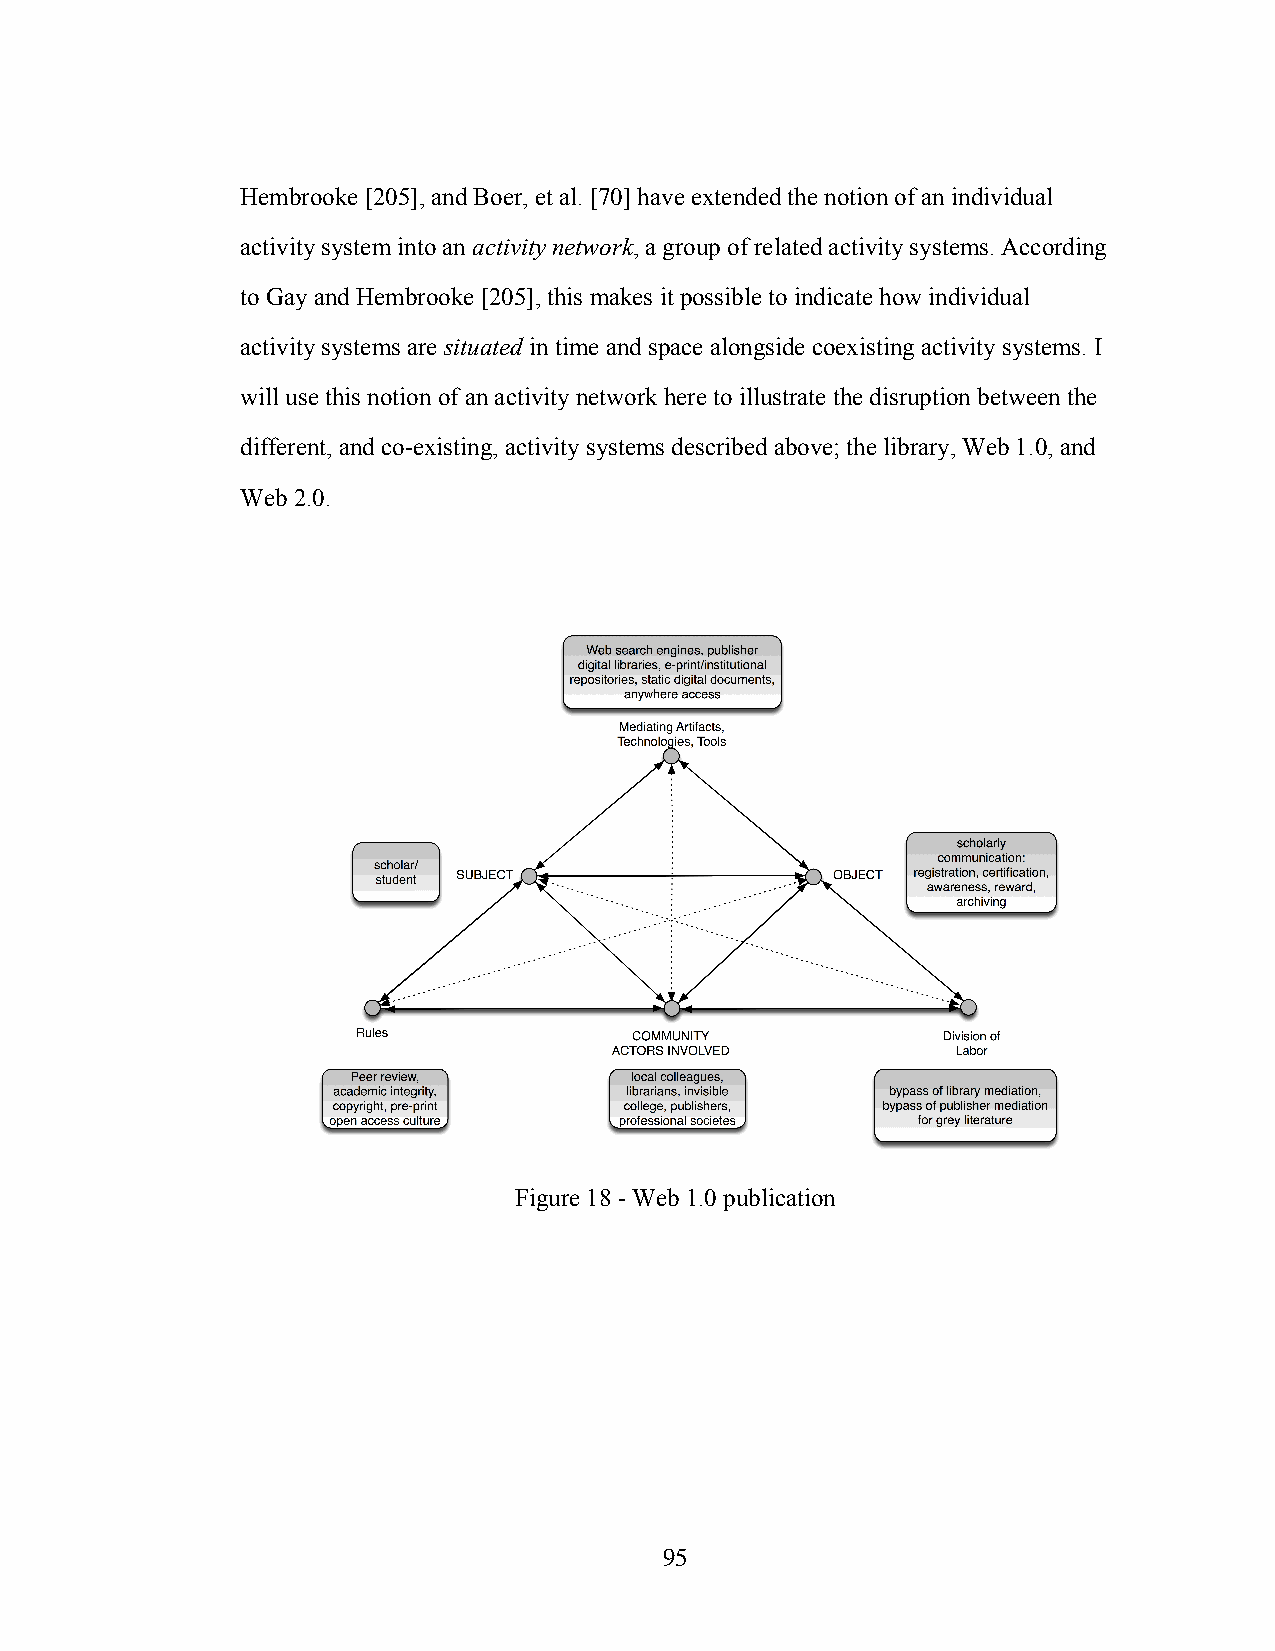
Hembrooke [205], and Boer, et al. [70] have extended the notion of an individual
 activity system into an activity network, a group of related activity systems. According
 to Gay and Hembrooke [205], this makes it possible to indicate how individual
 activity systems are situated in time and space alongside coexisting activity systems. I
 will use this notion of an activity network here to illustrate the disruption between the
 different, and co-existing, activity systems described above; the library, Web 1.0, and
 Web 2.0.
 Figure 18 - Web 1.0 publication
 95